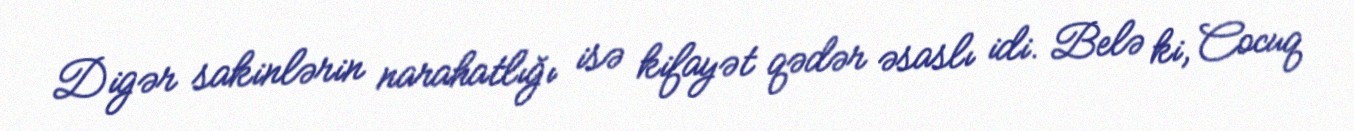
Digər sakinlərin narahatlığı isə kifayət qədər əsaslı idi. Belə ki, Cocuq